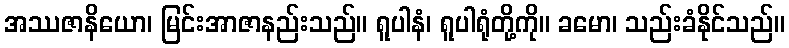
အဿဇာနိယော၊ မြင်းအာဇာနည်းသည်။ ရူပါနံ၊ ရူပါရုံတို့ကို။ ခမော၊ သည်းခံနိုင်သည်။